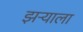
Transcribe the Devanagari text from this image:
झऱ्याला